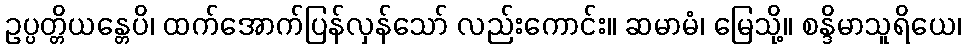
ဥပ္ပတ္တိယန္တေပိ၊ ထက်အောက်ပြန်လှန်သော် လည်းကောင်း။ ဆမာမံ၊ မြေသို့။ စန္ဒိမာသူရိယေ၊